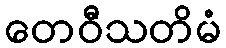
တေဝီသတိမံ